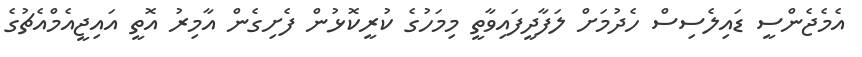
އެމެޖެންސީ ޑައިލެސިސް ހެދުމަށް ލަފާދީފައިވާތީ މިމަހުގެ ކުރީކޮޅުން ފެށިގެން އާމިރު އޮތީ އައިޖީއެމްއެޗުގެ